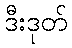
ဒီးဒုတ်